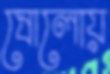
ষোলোয়